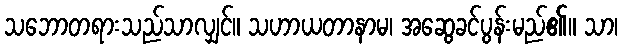
သဘောတရားသည်သာလျှင်။ သဟာယတာနာမ၊ အဆွေခင်ပွန်းမည်၏။ သာ၊